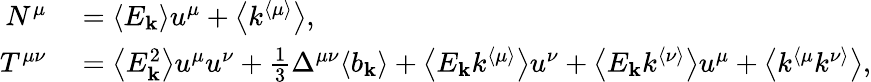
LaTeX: \begin{array}{rl}{N^{\mu}}&{{}=\left\langle E_{\mathbf{k}}\right\rangle u^{\mu}+\left\langle k^{\langle\mu\rangle}\right\rangle,}\\ {T^{\mu\nu}}&{{}=\left\langle E_{\mathbf{k}}^{2}\right\rangle u^{\mu}u^{\nu}+\frac{1}{3}\Delta^{\mu\nu}\langle b_{\mathbf{k}}\rangle+\left\langle E_{\mathbf{k}}k^{\langle\mu\rangle}\right\rangle u^{\nu}+\left\langle E_{\mathbf{k}}k^{\langle\nu\rangle}\right\rangle u^{\mu}+\left\langle k^{\langle\mu}k^{\nu\rangle}\right\rangle,}\end{array}